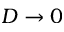
D \to 0